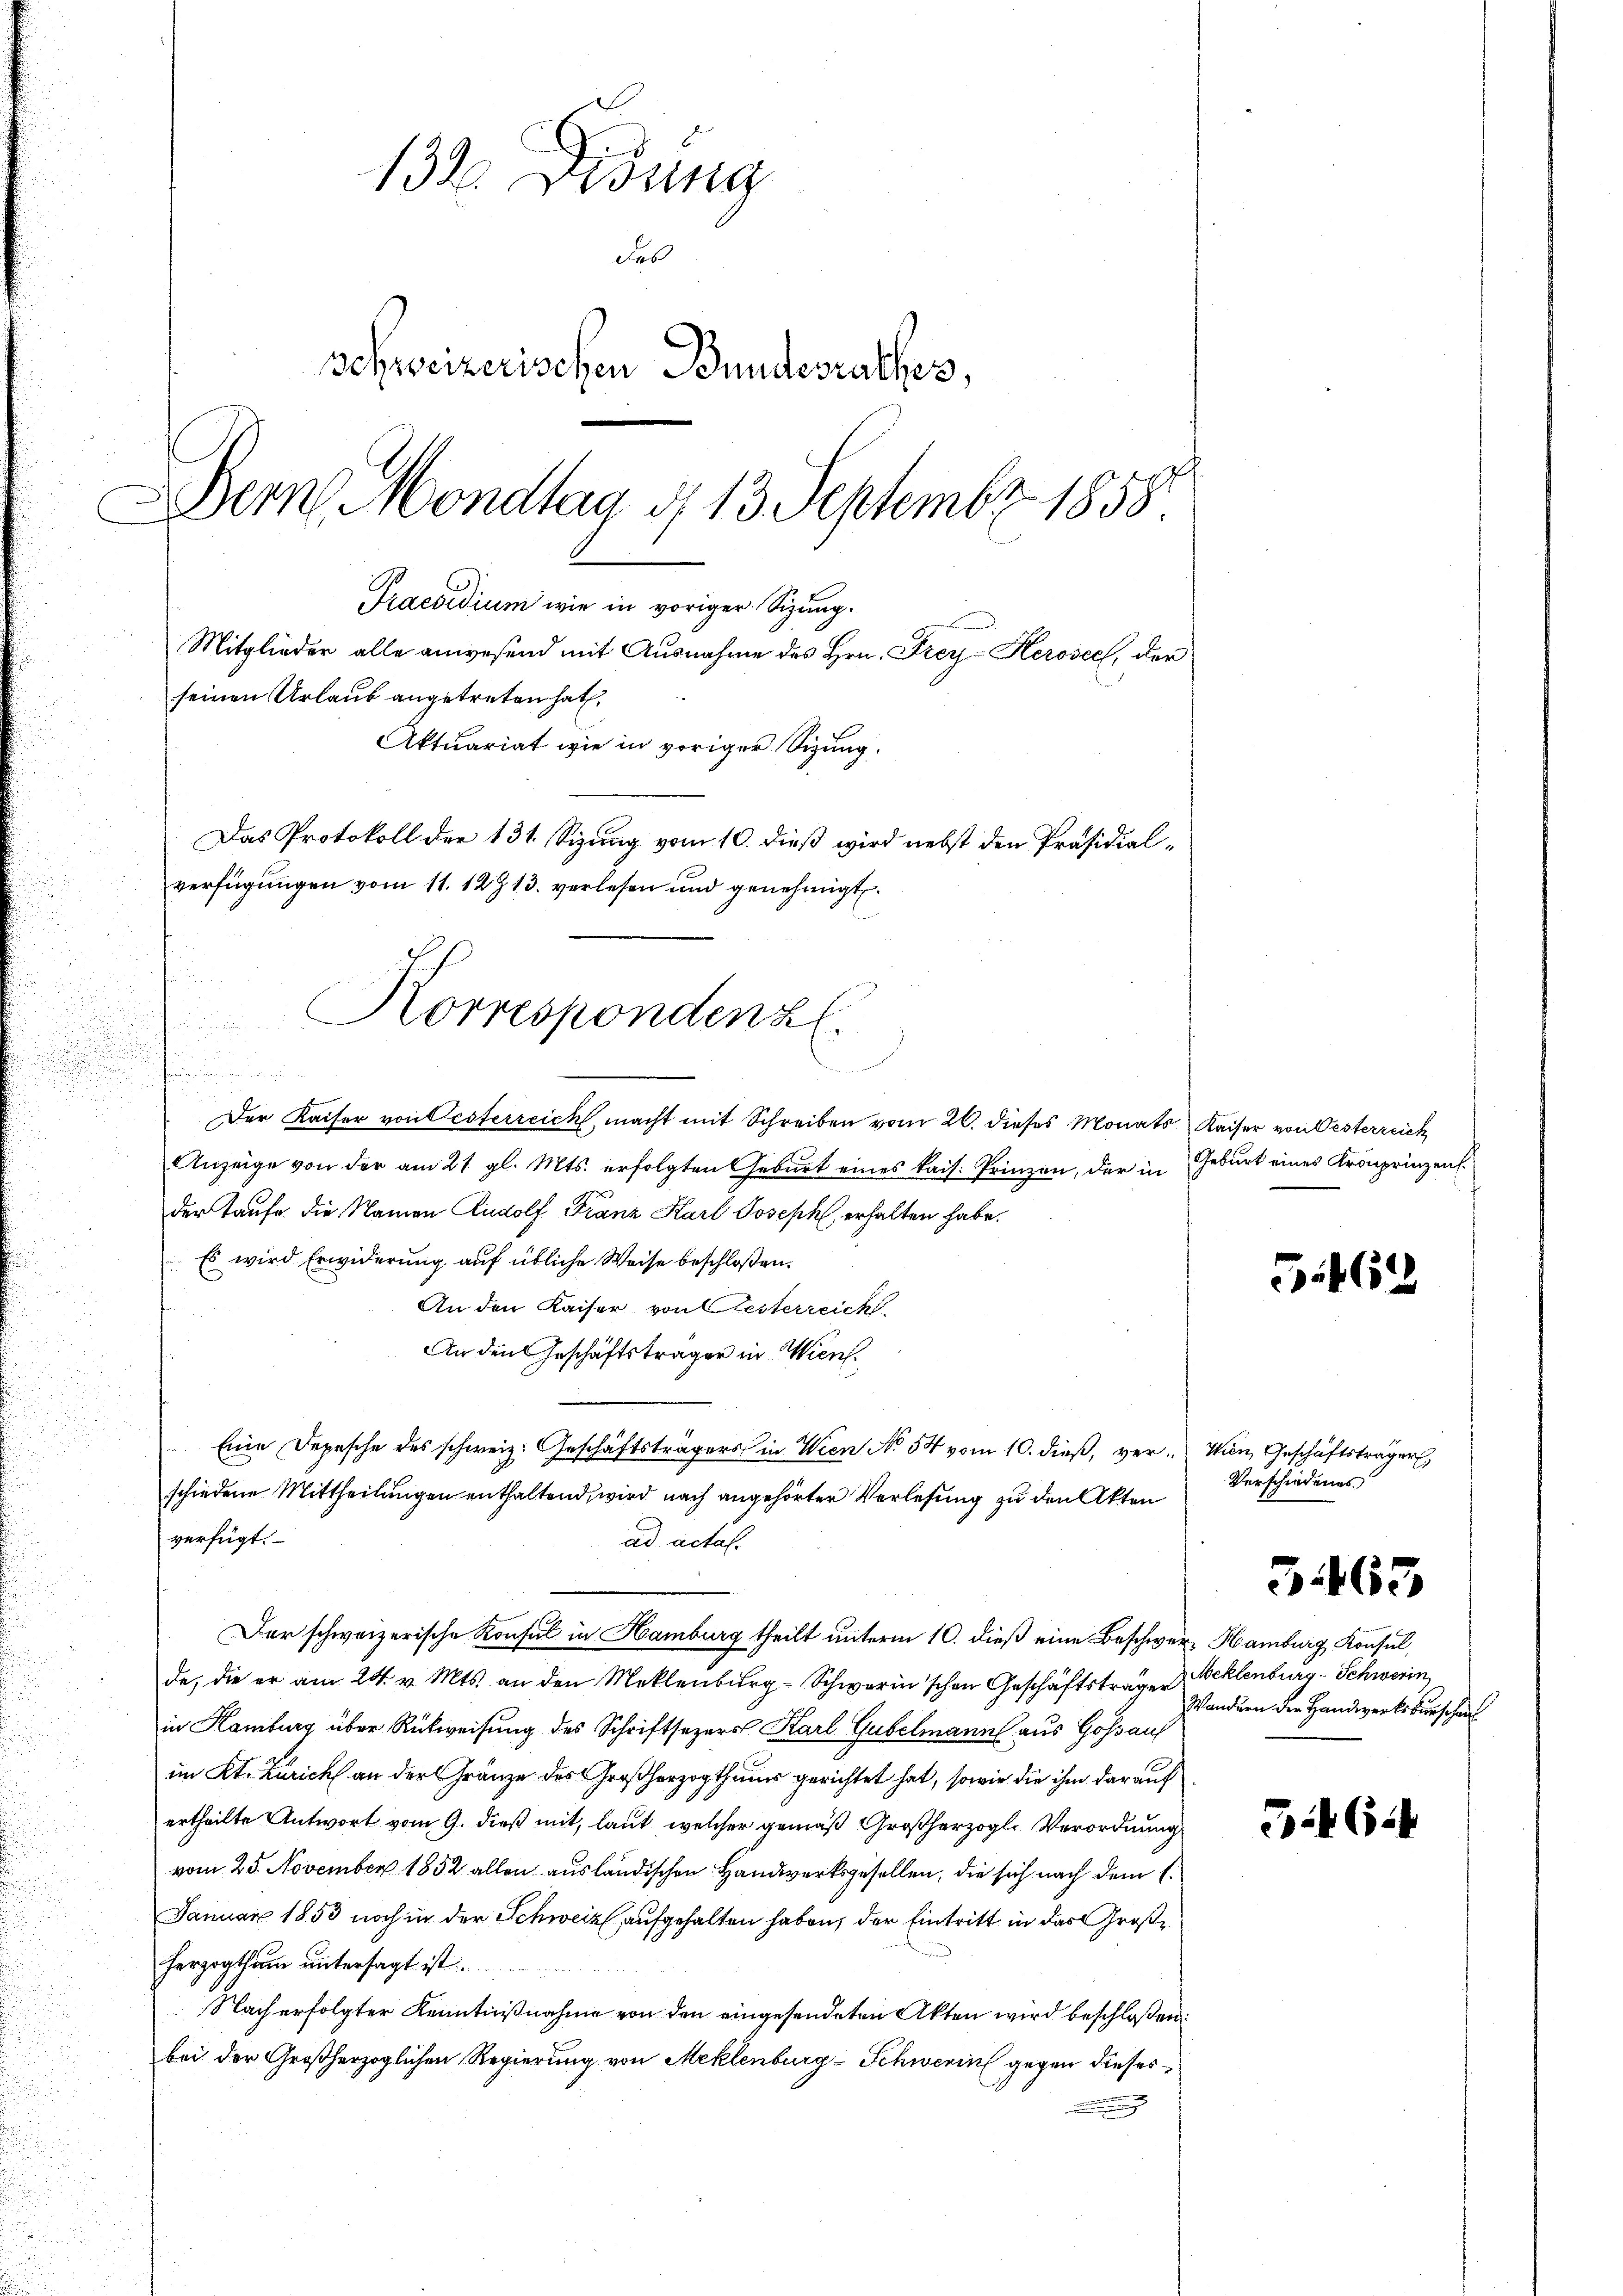
d

.

132. Didung
des
Schweizerischen Bundesrathes,
Dem Mondtag d. 13. Septembr. 1858

seinen Urlaub angetreten hat,
Das Protokoll der 131. Sizung vom 10. dieß wird nebst den Präsidialverfügungen vom 11. 12713. verlesen und genehmigt
Korrespondenz.

Praesidium wie in voriger Sizung.
Mitglieder alle anwesend mit Ausnahme des Hrn. Frey-Kerosec, der
Aktuariat wie in voriger Sitzung.

.
Der Kaiser von Oesterreich macht mit Schreiben vom 26. dieses Monats Kaiser von Oesterreich
Anzeige von der am 21. gl. Mts. erfolgten Geburt eines kais. Prinzen, der in Geburt eines Kronprinzen
der Taufe die Namen Rudolf Franz Karl Joseph, erhalten habe.
 Es wird Erwiderung auf übliche Weise beschloßen:
An den Kaiser, von Resterreich.
An den Geschäftsträger in Wien.
Eine Depesche des schweiz. Geschäftsträgers in Wien No 54 vom 10. dieß, ver-Wien, Geschäftsträger
schiedene Mittheilungen enthaltend, wird nach angehörter Verlesung zu den Akten
verfügt:
ad actal.
Der schweizerische Konsul in Hamburg theilt unterm 10. dieß eine Beschwer, Hamburg Konsul
de, die er am 24. v. Mts. an den Meklenburg-Schwerin'schen Geschäftsträger Beklenburg-Schwerin,
in Hamburg über Rückweisung des Schriftsezers Karl Gubelmann aus Goßau
im Kt. Zürich an der Gränze des Großherzogthums gerichtet hat, sowie die ihm darauf
ertheilte Antwort vom 9. dieß mit, laut, welcher gemäß Großherzogl. Verordnung
vom 25. November 1852 allen ausländischen Handwerksgesellen, die sich nach dem E
Januar 1853 noch in der Schweiz aufgehalten haben, der Eintritt in das Großherzogthum untersagt ist.
Nach erfolgter Kenntnißnahme von den eingesendeten Akten wird beschloßen:
bei der Großherzoglichen Regierung von Meklenburg-Schwerin gegen dieses
n

5462

Verschiedenes

3463

Wandern der Handwerksburschen

3462